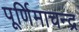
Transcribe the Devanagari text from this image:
पूर्णिमाचन्द्र